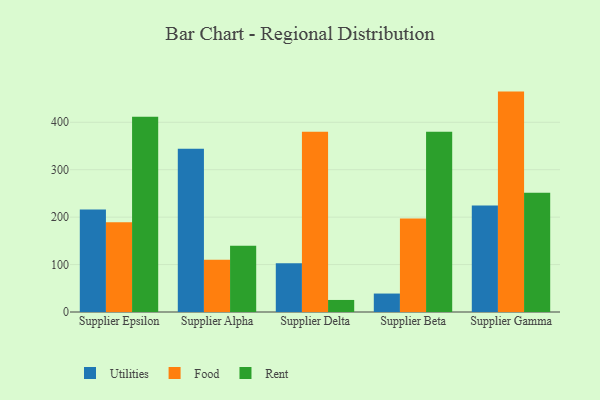
{"axis": {"x": "Supplier", "y": "Market Share (%)"}, "legend": ["Food", "Rent", "Utilities"], "data": [{"x": "Supplier Epsilon", "y": 215.9, "type": "Utilities"}, {"x": "Supplier Epsilon", "y": 189.0, "type": "Food"}, {"x": "Supplier Epsilon", "y": 411.7, "type": "Rent"}, {"x": "Supplier Alpha", "y": 344.4, "type": "Utilities"}, {"x": "Supplier Alpha", "y": 110.2, "type": "Food"}, {"x": "Supplier Alpha", "y": 139.5, "type": "Rent"}, {"x": "Supplier Delta", "y": 103.0, "type": "Utilities"}, {"x": "Supplier Delta", "y": 380.3, "type": "Food"}, {"x": "Supplier Delta", "y": 25.4, "type": "Rent"}, {"x": "Supplier Beta", "y": 38.9, "type": "Utilities"}, {"x": "Supplier Beta", "y": 197.0, "type": "Food"}, {"x": "Supplier Beta", "y": 379.8, "type": "Rent"}, {"x": "Supplier Gamma", "y": 224.5, "type": "Utilities"}, {"x": "Supplier Gamma", "y": 464.7, "type": "Food"}, {"x": "Supplier Gamma", "y": 251.5, "type": "Rent"}]}